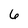
Character: 6